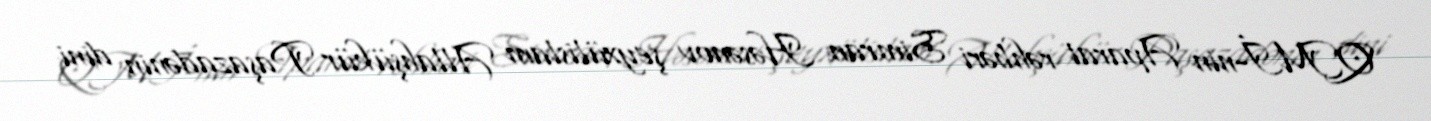
QMİ-nin Aparat rəhbəri Simran Həsənov şeyxülislam Allahşükür Paşazadənin dini